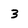
Character: 3